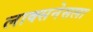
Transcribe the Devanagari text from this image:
लाक्सनेसला